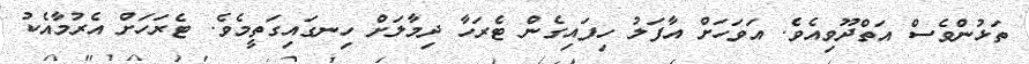
ތަޅުންވެސް އަތްދޫވިއެވެ. އަވަހަށް އާފަލު ހިފައިގެން ޓެރަހާ ދިމާލަށް ހިނގައިގަތީމެވެ. ޓެރަހަށް އެރުމާއެކު